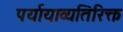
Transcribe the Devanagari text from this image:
पर्यायाव्यतिरिक्त